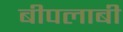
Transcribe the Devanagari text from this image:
बीपलाबी